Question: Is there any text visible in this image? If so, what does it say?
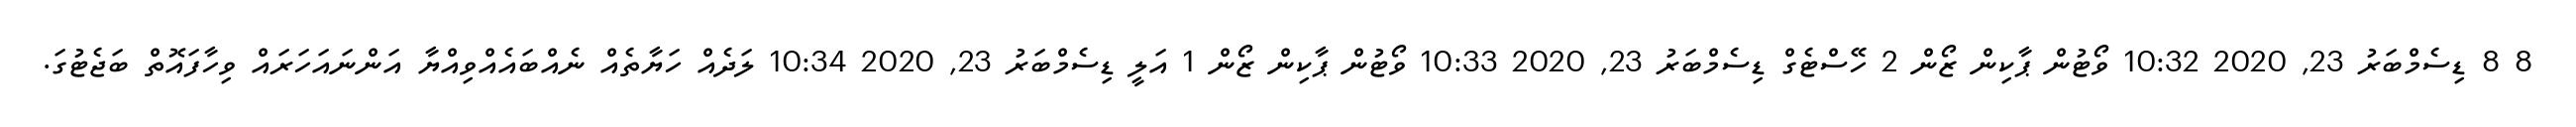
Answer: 8 8 ޑިސެމްބަރު 23, 2020 10:32 ވޯޓުން ޕާކިން ޒޯން 2 ހޭސްޓެގް ޑިސެމްބަރު 23, 2020 10:33 ވޯޓުން ޕާކިން ޒޯން 1 އަލީ ޑިސެމްބަރު 23, 2020 10:34 ލަދެއް ހަޔާތެއް ނެއްބައެއްވިއްޔާ އަންނައަހަރައް ވިހާފައޮތް ބަޖެޓުގަ.